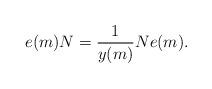
LaTeX: \begin{align*} e(m) N = \frac{1}{y(m)} N e(m).\end{align*}